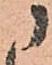
に